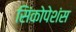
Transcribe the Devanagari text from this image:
सिंकोपेशंस